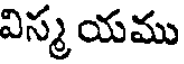
విస్మ యము